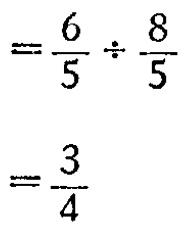
\[

\begin{align*}

&=\frac{6}{5} \div \frac{8}{5}\\

&=\frac{3}{4}

\end{align*}

\]